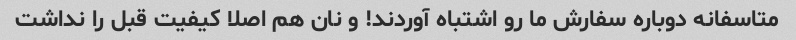
متاسفانه دوباره سفارش ما رو اشتباه آوردند! و نان هم اصلا کیفیت قبل را نداشت